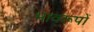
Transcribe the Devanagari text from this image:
भावरूपों